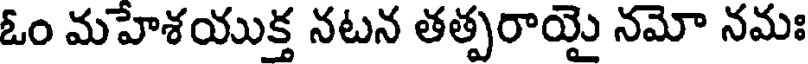
ఓం మహేశయుక్త నటన తత్పరాయై నమో నమః